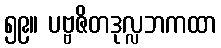
၅၉။ ပဗ္ဗဇိတဒုလ္လဘကထာ